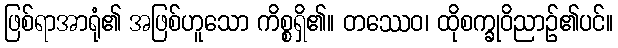
ဖြစ်ရာအာရုံ၏ အဖြစ်ဟူသော ကိစ္စရှိ၏။ တဿေဝ၊ ထိုစက္ခုဝိညာဉ်၏ပင်။